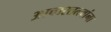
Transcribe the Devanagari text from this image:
आचारतत्त्वांना